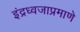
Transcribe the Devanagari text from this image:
इंद्रध्वजाप्रमाणे